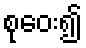
စုဝေး၍